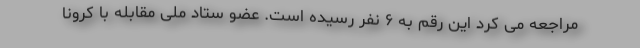
مراجعه می کرد این رقم به ۶ نفر رسیده است. عضو ستاد ملی مقابله با کرونا